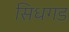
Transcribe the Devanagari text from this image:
सिधगड